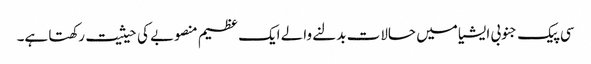
سی پیک جنوبی ایشیا میں حالات بدلنے والے ایک عظیم منصوبے کی حیثیت رکھتا ہے۔